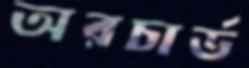
অরচার্ড